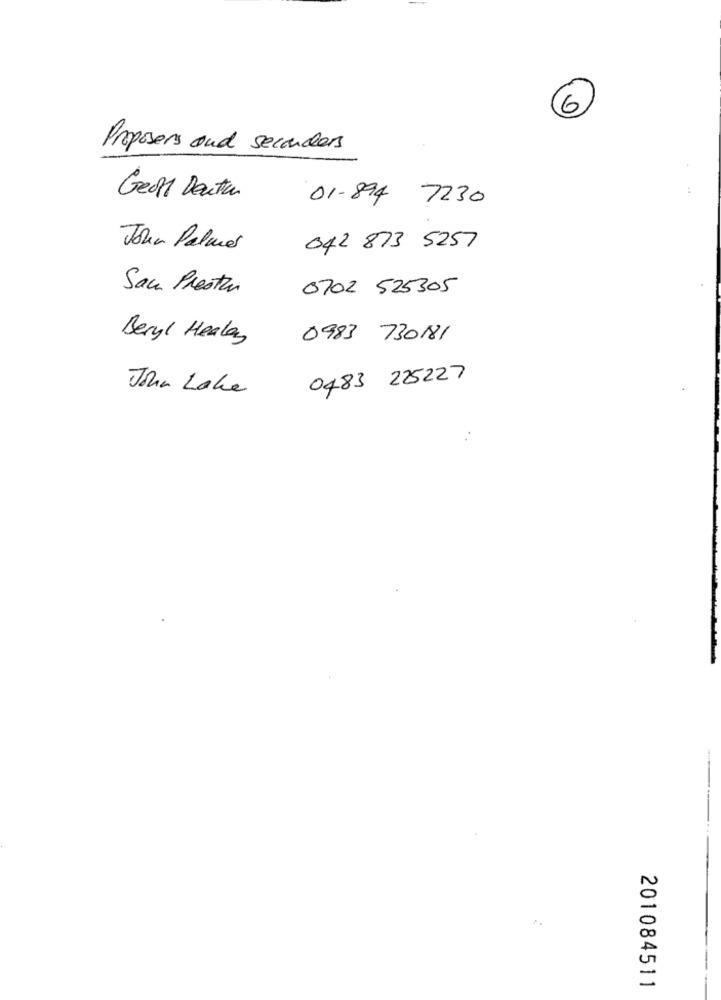
6
Proposers and seconders
Geoff Deuter
01-894 7230
John Palmer
042 873 5257
Saca Presti
0702 525305
Beryl Healey
0983 730181
0483 225227
John Lake
201084511